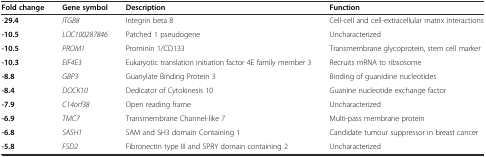
<table><thead><tr><td><b>Fold change</b></td><td><b>Gene symbol</b></td><td><b>Description</b></td><td><b>Function</b></td></tr></thead><tbody><tr><td>-<b>29.4</b></td><td><i>ITGB8</i></td><td>Integrin beta 8</td><td>Cell-cell and cell-extracellular matrix interactions</td></tr><tr><td><b>-10.5</b></td><td><i>LOC100287846</i></td><td>Patched 1 pseudogene</td><td>Uncharacterized</td></tr><tr><td><b>-10.5</b></td><td><i>PROM1</i></td><td>Prominin 1/CD133</td><td>Transmembrane glycoprotein, stem cell marker</td></tr><tr><td><b>-10.3</b></td><td><i>EIF4E3</i></td><td>Eukaryotic translation initiation factor 4E family member 3</td><td>Recruits mRNA to ribsosome</td></tr><tr><td><b>-8.8</b></td><td><i>GBP3</i></td><td>Guanylate Binding Protein 3</td><td>Binding of guanidine nucleotides</td></tr><tr><td><b>-8.4</b></td><td><i>DOCK10</i></td><td>Dedicator of Cytokinesis 10</td><td>Guanine nucleotide exchange factor</td></tr><tr><td><b>-7.9</b></td><td><i>C14orf38</i></td><td>Open reading frame</td><td>Uncharacterized</td></tr><tr><td><b>-6.9</b></td><td><i>TMC7</i></td><td>Transmembrane Channel-like 7</td><td>Multi-pass membrane protein</td></tr><tr><td><b>-6.8</b></td><td><i>SASH1</i></td><td>SAM and SH3 domain Containing 1</td><td>Candidate tumour suppressor in breast cancer</td></tr><tr><td><b>-5.8</b></td><td><i>FSD2</i></td><td>Fibronectin type III and SPRY domain containing 2</td><td>Uncharacterized</td></tr></tbody></table>